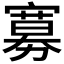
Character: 𡫌